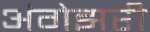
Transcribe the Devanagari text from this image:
अंगेझरी